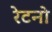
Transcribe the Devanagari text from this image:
रेटनो